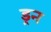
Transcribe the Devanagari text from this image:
ड्रन